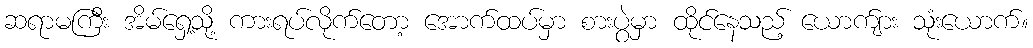
ဆရာမကြီး အိမ်ရှေ့သို့ ကားရပ်လိုက်တော့ အောက်ထပ်မှာ စားပွဲမှာ ထိုင်နေသည့် ယောက်ျား သုံးယောက်။